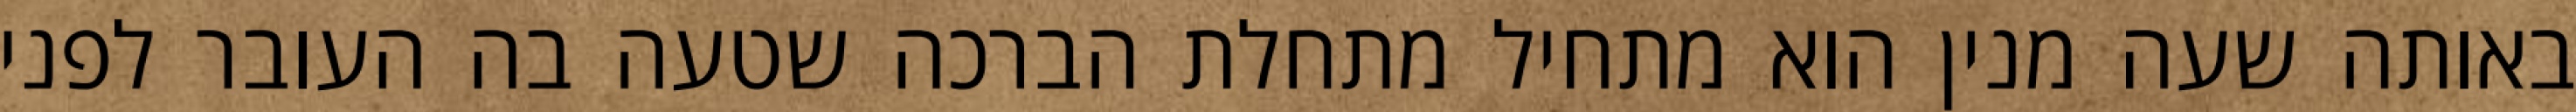
באותה שעה מנין הוא מתחיל מתחלת הברכה שטעה בה העובר לפני